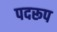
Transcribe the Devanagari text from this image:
पदरूप